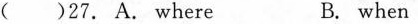
( )27. A. Where B. when